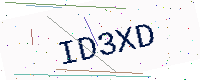
Text: ID3XD